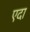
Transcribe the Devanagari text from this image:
एदा